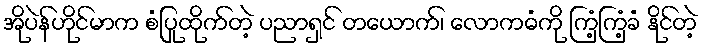
အိုပဲန်ဟိုင်မာက စံပြုထိုက်တဲ့ ပညာရှင် တယောက်၊ လောကဓံကို ကြံ့ကြံ့ခံ နိုင်တဲ့